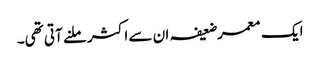
ایک معمر ضعیفہ ان سے اکثر ملنے آتی تھی۔